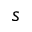
s